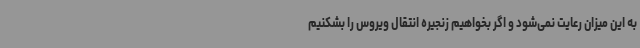
به این میزان رعایت نمی‌شود و اگر بخواهیم زنجیره انتقال ویروس را بشکنیم